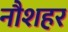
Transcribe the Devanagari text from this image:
नौशहर